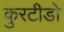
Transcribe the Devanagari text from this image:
कुरटीडो